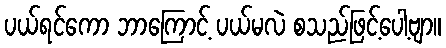
ပယ်ရင်ကော ဘာကြောင့် ပယ်မလဲ စသည်ဖြင့်ပေါ့ဗျာ။